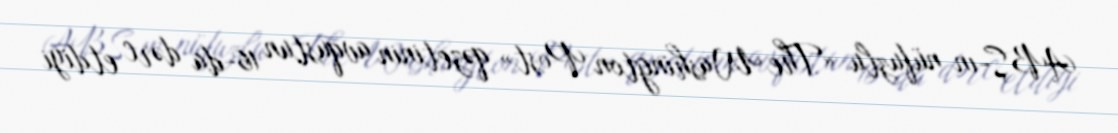
ABŞ-ın nüfuzlu «The Washington Post» qəzetinin avqustun 16-da dərc etdiyi